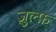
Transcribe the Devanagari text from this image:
ज़ुल्फ़